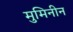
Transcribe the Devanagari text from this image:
मुमिनीन